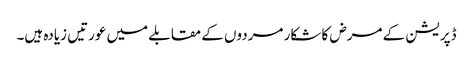
ڈپریشن کے مرض کا شکار مردوں کے مقابلے میں عورتیں زیادہ ہیں۔